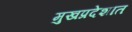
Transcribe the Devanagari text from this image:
मुखप्रदेशात